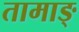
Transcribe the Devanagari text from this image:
तामाङ्‌